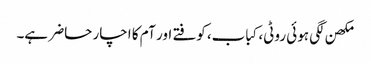
مکھن لگی ہوئی روٹی، کباب، کوفتے اور آم کا اچار حاضر ہے۔